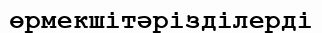
өрмекшітәрізділерді